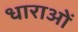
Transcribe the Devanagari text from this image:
धाराआें